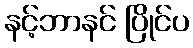
နင့်ဘာနင် ပြိုင်ပ